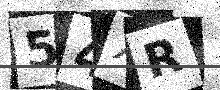
Text: 54XR